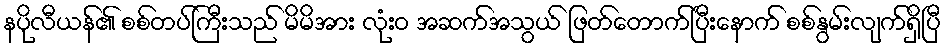
နပိုလီယန်၏ စစ်တပ်ကြီးသည် မိမိအား လုံးဝ အဆက်အသွယ် ဖြတ်တောက်ပြီးနောက် စစ်နွမ်းလျက်ရှိပြီ